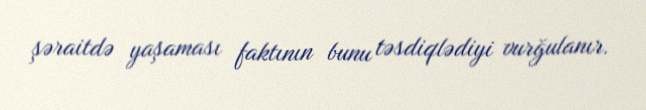
şəraitdə yaşaması faktının bunu təsdiqlədiyi vurğulanır.